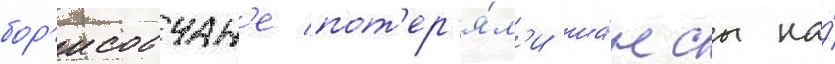
бор'исовчан'е пот'ер'я́л'и ша́нсы на́